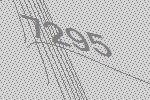
7295